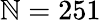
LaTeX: \mathbb{N}=251